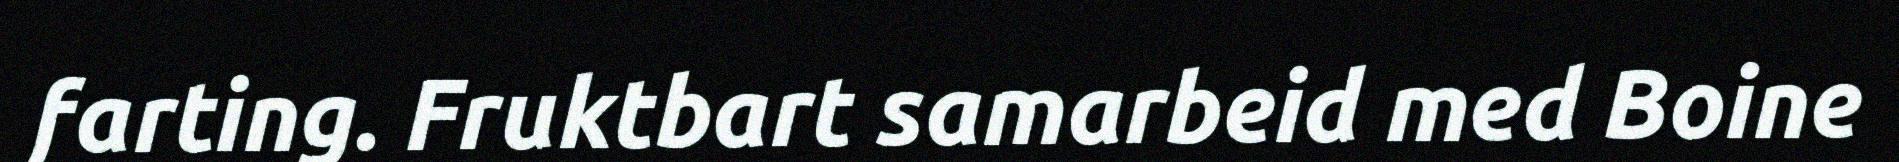
farting. Fruktbart samarbeid med Boine